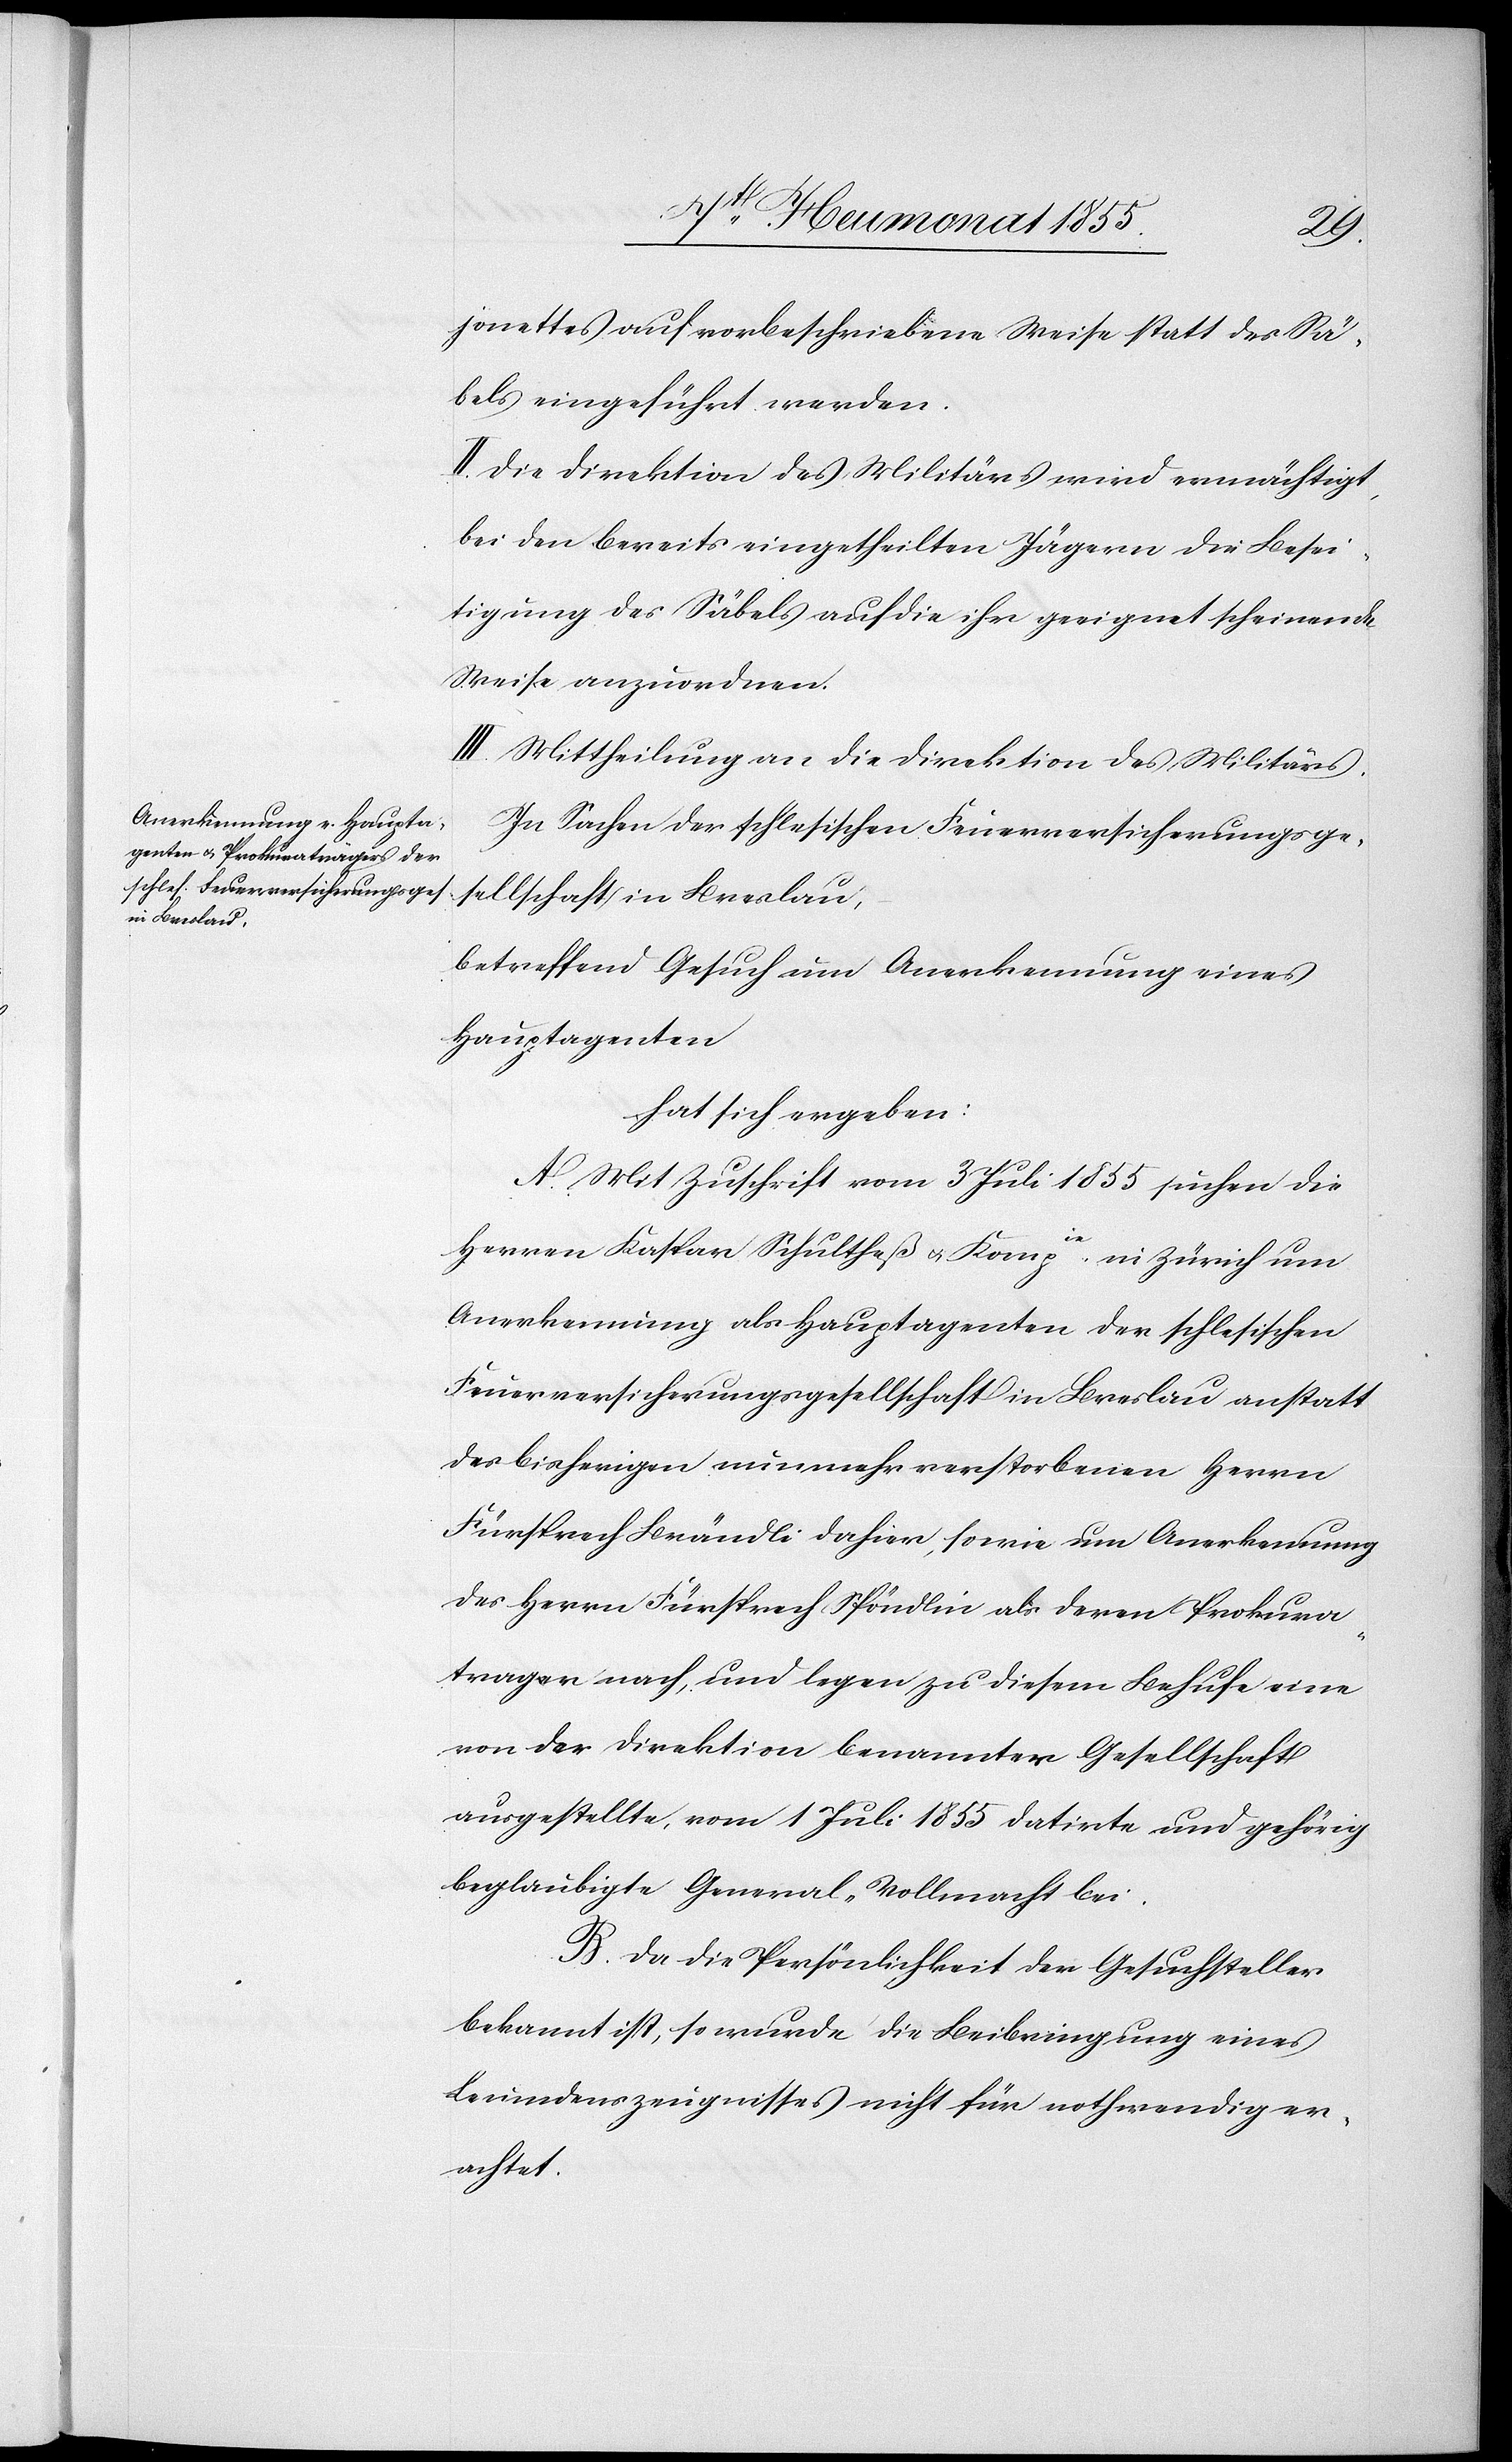
jonettes auf vorbeschriebene Weise statt des Sä¬
bels eingeführt werden.
II. Die Direktion des Militärs wird ermächtigt,
bei den bereits eingetheilten Jägern die Besei¬
tigung des Säbels auf die ihr geeignet scheinende
Weise anzuordnen.
III. Mittheilung an die Direktion des Militärs.
In Sachen der schlesischen Feuerversicherungsge¬
sellschaft in Breslau,
betreffend Gesuch um Anerkennung eines
Hauptagenten
hat sich ergeben:
A. Mit Zuschrift vom 3 Juli 1855 suchen die
Herren Kaspar Schultheß & Kompie. in Zürich um
Anerkennung als Hauptagenten der schlesischen
Feuerversicherungsgesellschaft in Breslau anstatt
des bisherigen nunmehr verstorbenen Herrn
Fürsprech Brändli dahier, sowie um Anerkennung
des Herrn Fürsprech Spöndlin als deren Prokura¬
trager nach, und legen zu diesem Behufe eine
von der Direktion benannter Gesellschaft
ausgestellte, vom 1 Juli 1855 datirte und gehörig
beglaubigte General-Vollmacht bei.
B. Da die Persönlichkeit der Gesuchsteller
bekannt ist, so wurde die Beibringung eines
Leumdenszeugnisses nicht für nothwendig er¬
achtet.